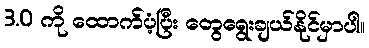
3.0 ကို ထောက်ပံ့ပြီး တွေရွေးချယ်နိုင်မှာပါ။